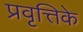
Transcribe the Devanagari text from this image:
प्रवृत्तिके